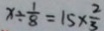
x \div \frac { 1 } { 8 } = 1 5 \times \frac { 2 } { 3 }